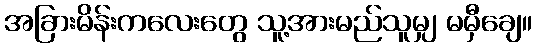
အခြားမိန်းကလေးတွေ သူ့အားမည်သူမျှ မမှီချေ။